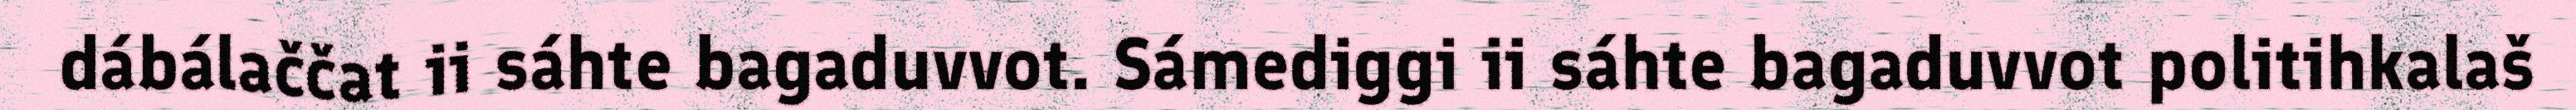
dábálaččat ii sáhte bagaduvvot. Sámediggi ii sáhte bagaduvvot politihkalaš